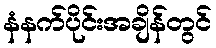
နံနက်ပိုင်းအချိန်တွင်